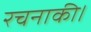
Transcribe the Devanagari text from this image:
रचनाकी।